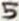
Text: 5